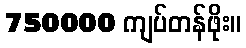
750000 ကျပ်တန်ဖိုး။